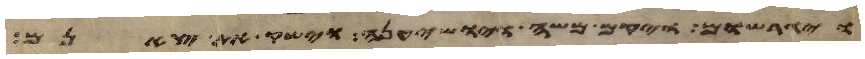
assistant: ויגרשום ויקם משה ויושיענה וישק את צאנם